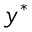
y ^ { * }